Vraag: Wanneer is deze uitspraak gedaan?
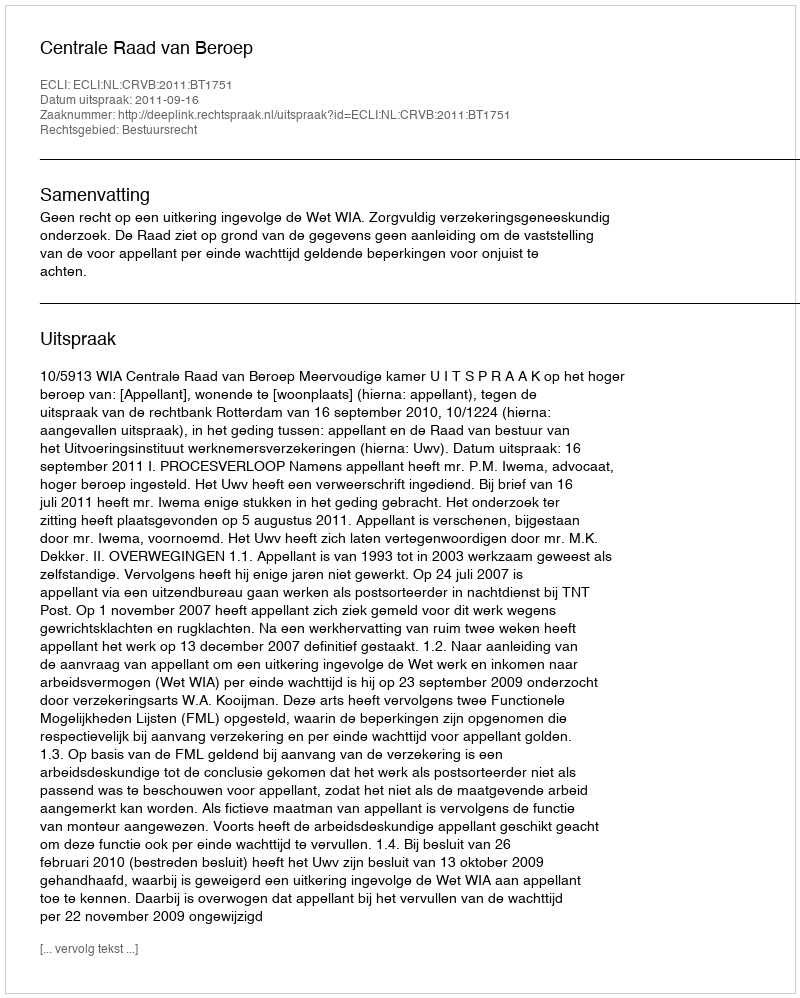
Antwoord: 2011-09-16